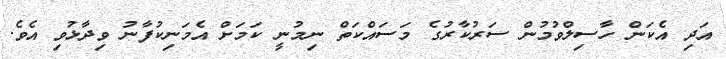
އަދި އެކަން ހާސިލްވުމުން ސަރުކާރުގެ މަސައްކަތް ނިމުނީ ކަމަށް އެމަނިކުފާނު ވިދާޅުވި އެވެ.